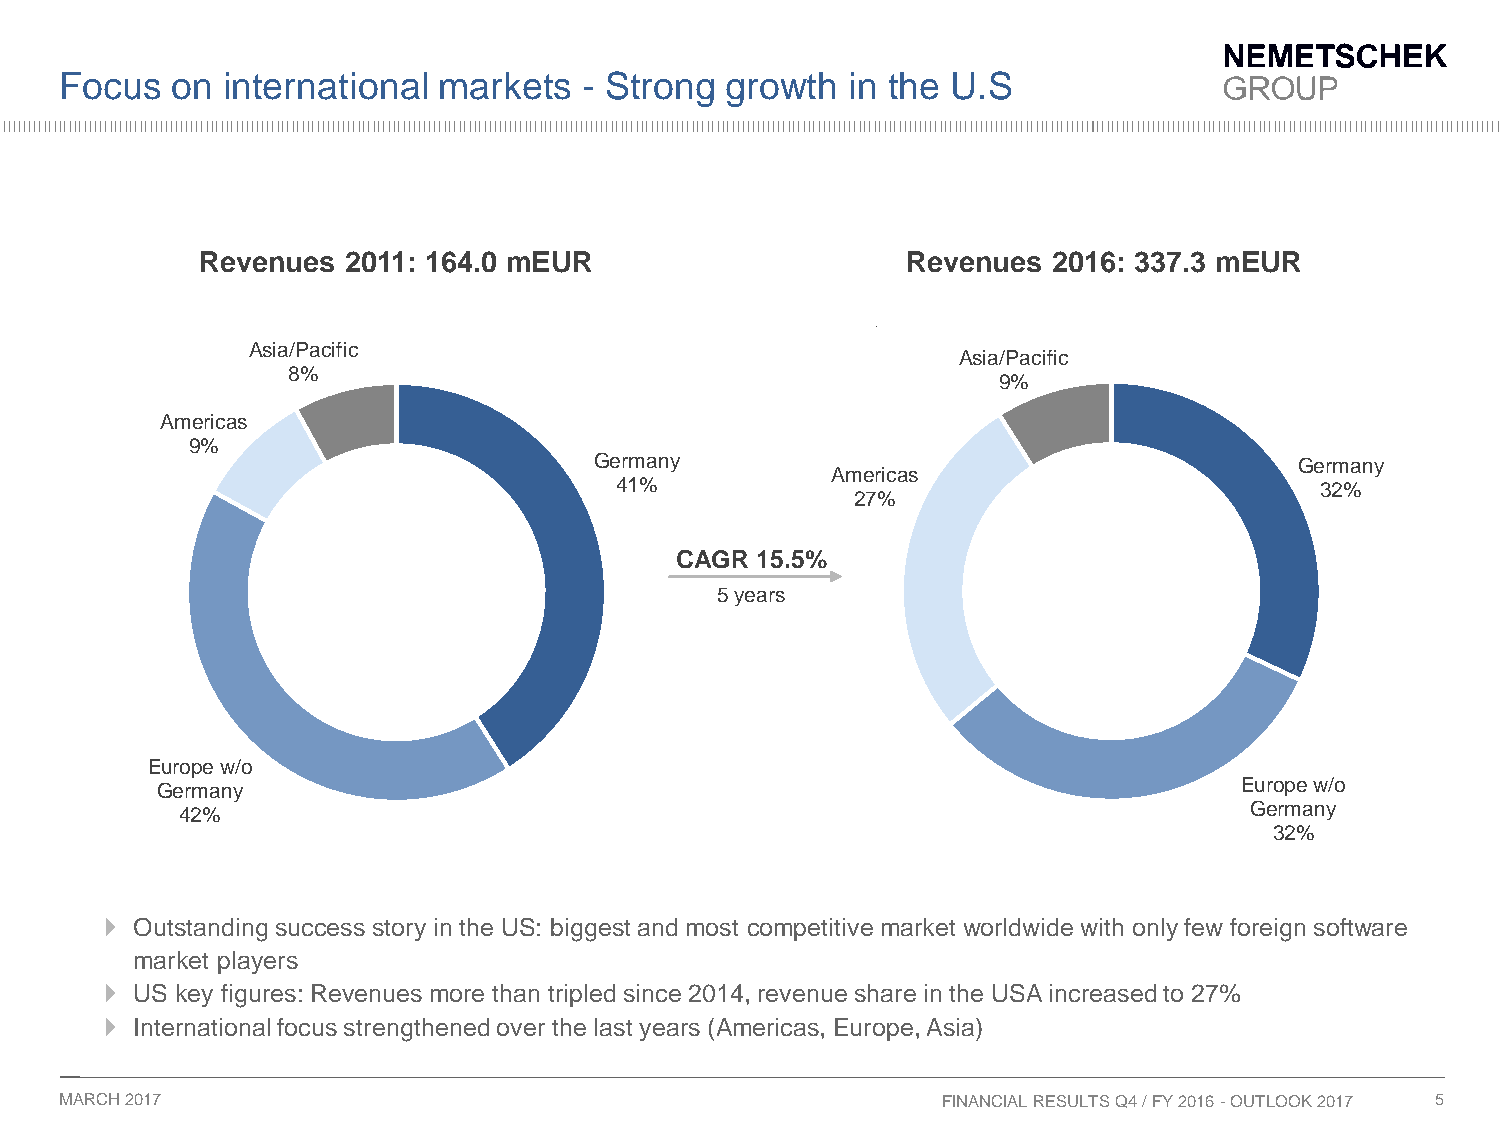
Focus  on  international markets   - Strong growth  in the U.S
 Revenues  2011: 164.0 mEUR                     Revenues  2016: 337.3 mEUR
 Asia/Pacific
 Asia/Pacific
 8%
 9%
 Americas
 9%
 Germany                                        Germany
 Americas
 41%                                           32%
 27%
 CAGR 15.5%
 5 years
 Europe w/o
 Germany                                                                 Europe w/o
 42%                                                                    Germany
 32%
  Outstanding success story in the US: biggest and most competitive market worldwide with only few foreign software
 market players
  US key figures: Revenues more than tripled since 2014, revenue share in the USA increased to 27%
  International focus strengthened over the last years (Americas, Europe, Asia)
 MARCH 2017                                                FINANCIAL RESULTS Q4 / FY 2016 -OUTLOOK 2017 5